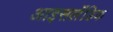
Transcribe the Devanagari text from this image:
आइसलॅंडिक